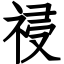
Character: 祲